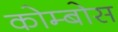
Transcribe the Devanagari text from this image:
कोम्बोस